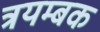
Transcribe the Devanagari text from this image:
त्रयम्बक